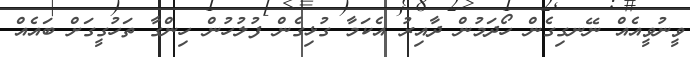
ވީނުވީއެއް ނޭނގިގެން ހޯދަމުން ދާއިރު އެކަމާ ގުޅިގެން ފުލުހުން ހިންގާ ތަހުގީގަށް ބައެއް